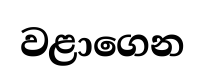
වළාගෙන